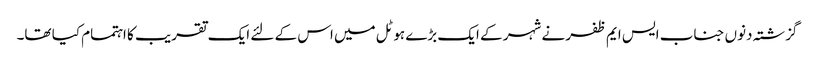
گزشتہ دنوں جناب ایس ایم ظفر نے شہر کے ایک بڑے ہوٹل میں اس کے لئے ایک تقریب کا اہتمام کیا تھا۔